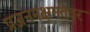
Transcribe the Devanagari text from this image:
प्रजननक्षमतेवर